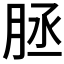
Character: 𦚦